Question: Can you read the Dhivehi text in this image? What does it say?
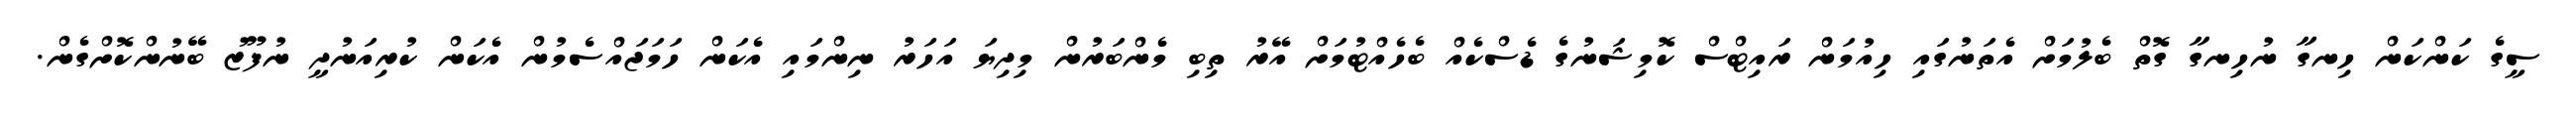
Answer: ސީގެ ކަންކަން ހިނގާ ނުހިނގާ ގޮތް ބެލުމަށް އެތަނުގައި ހިއުމަން ރައިޓްސް ކޮމިޝަނުގެ ޑެސްކެއް ބެހެއްޓުމަށް އޭރު ތިބި މެންބަރުން މިދިޔަ އަހަރު ނިންމައި އެކަން ހަމަޖައްސެމުން އެކަން ކުރިއަނުދީ ނުފޫޒު ބޭނުންކޮށްގެން.